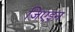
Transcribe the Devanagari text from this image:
जिएइन